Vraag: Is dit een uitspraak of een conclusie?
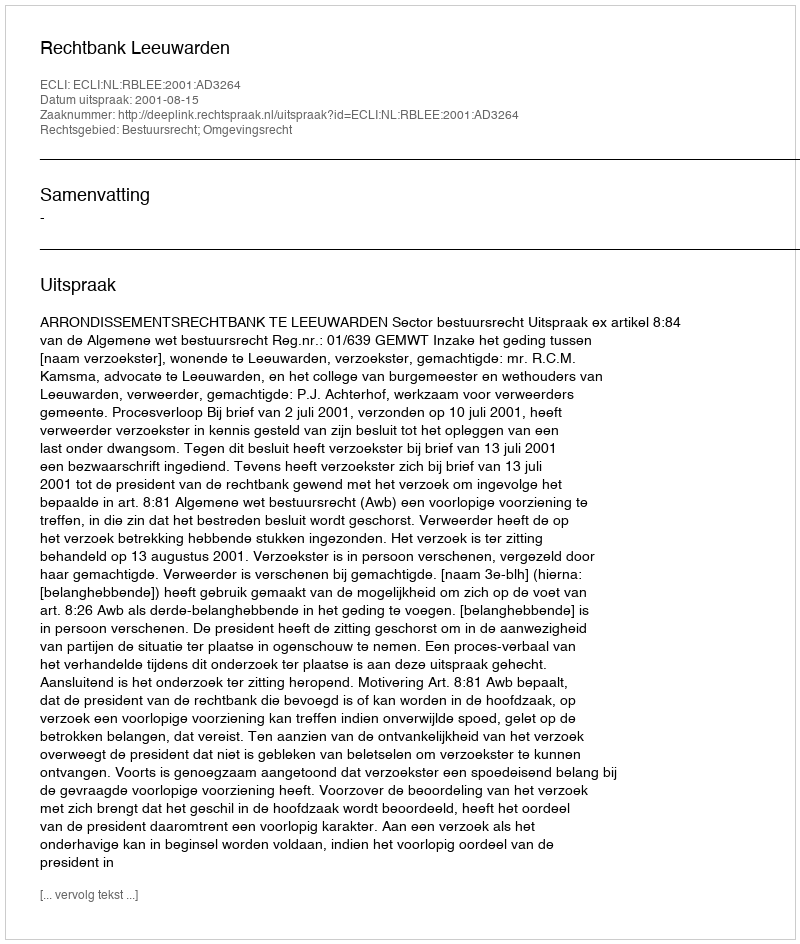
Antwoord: Uitspraak